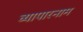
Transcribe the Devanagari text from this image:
व्यापारनाम